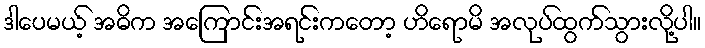
ဒါပေမယ့် အဓိက အကြောင်းအရင်းကတော့ ဟိရောမိ အလုပ်ထွက်သွားလို့ပါ။